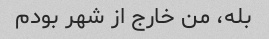
بله، من خارج از شهر بودم